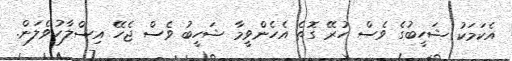
އެކަމަކު ޝަހީބުގެ ވެސް ހުރޭ ގޮތެ އެހެންވީމާ ޝަހީބު ވެސް ޖެހޭ އިސްލާހުވެލަން.